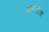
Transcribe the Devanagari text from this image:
मारुतीचा